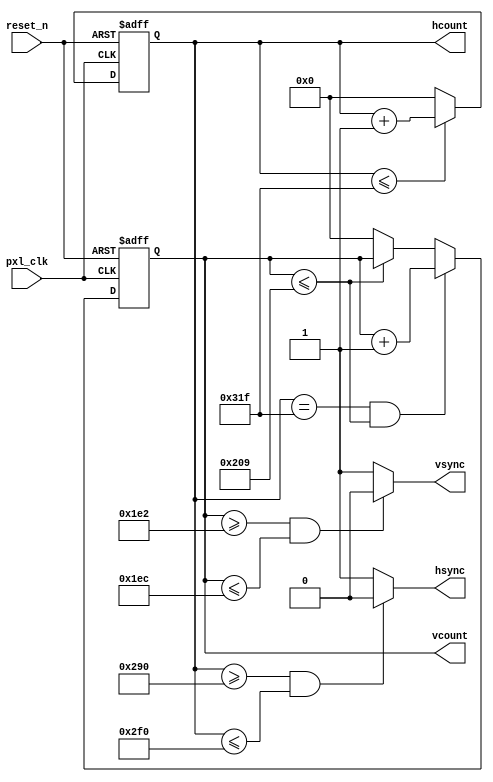
module vga_1( input pxl_clk,
            input reset_n,
            output reg [9:0] hcount,
            output reg [9:0] vcount,
            output reg vsync,
            output reg hsync );
    always @ (posedge pxl_clk or negedge reset_n)
    begin : hcounter
        if (!reset_n) hcount <= 0;
        else if (hcount <= 799) hcount <= hcount + 1'b1;
        else hcount <= 0;
    end
    always @ (posedge pxl_clk or negedge reset_n)
    begin : vcounter
        if (!reset_n) vcount <= 0;
        else if (hcount == 799 && vcount <= 521) vcount <= vcount + 1'b1;
        else if (vcount <= 521) vcount <= vcount;
        else vcount <= 0;
    end
    always @ (hcount)
    begin : hsync_decoder
        if (hcount >= 656 && hcount <= 752) hsync <= 0;
        else hsync <= 1;
    end
    always @ (vcount)
    begin : vsync_decoder
        if (vcount >= 482 && vcount <= 492) vsync <= 0;
        else vsync <= 1;
    end
endmodule